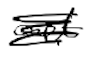
Text: act
Cross-out: scratch
Writing tool: digital_black